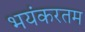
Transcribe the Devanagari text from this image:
भयंकरतम